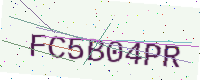
Text: FC5B04PR